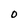
Character: O